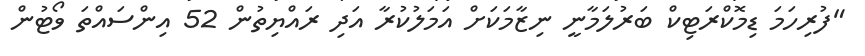
"ފުރިހަމަ ޑިމޮކްރަޓިކް ބަރުލަމާނީ ނިޒާމަކަށް އަމަލުކުރާ އަދި ރައްޔިތުން 52 އިންސައްތަ ވޯޓުން